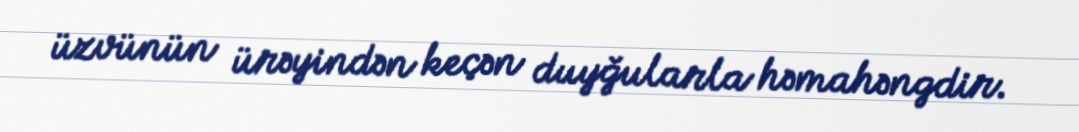
üzvünün ürəyindən keçən duyğularla həmahəngdir.